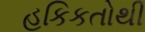
હકિકતોથી